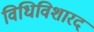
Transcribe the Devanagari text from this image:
विधिविशारद